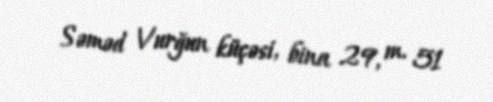
Səməd Vurğun küçəsi, bina 29, m. 51